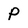
Character: P